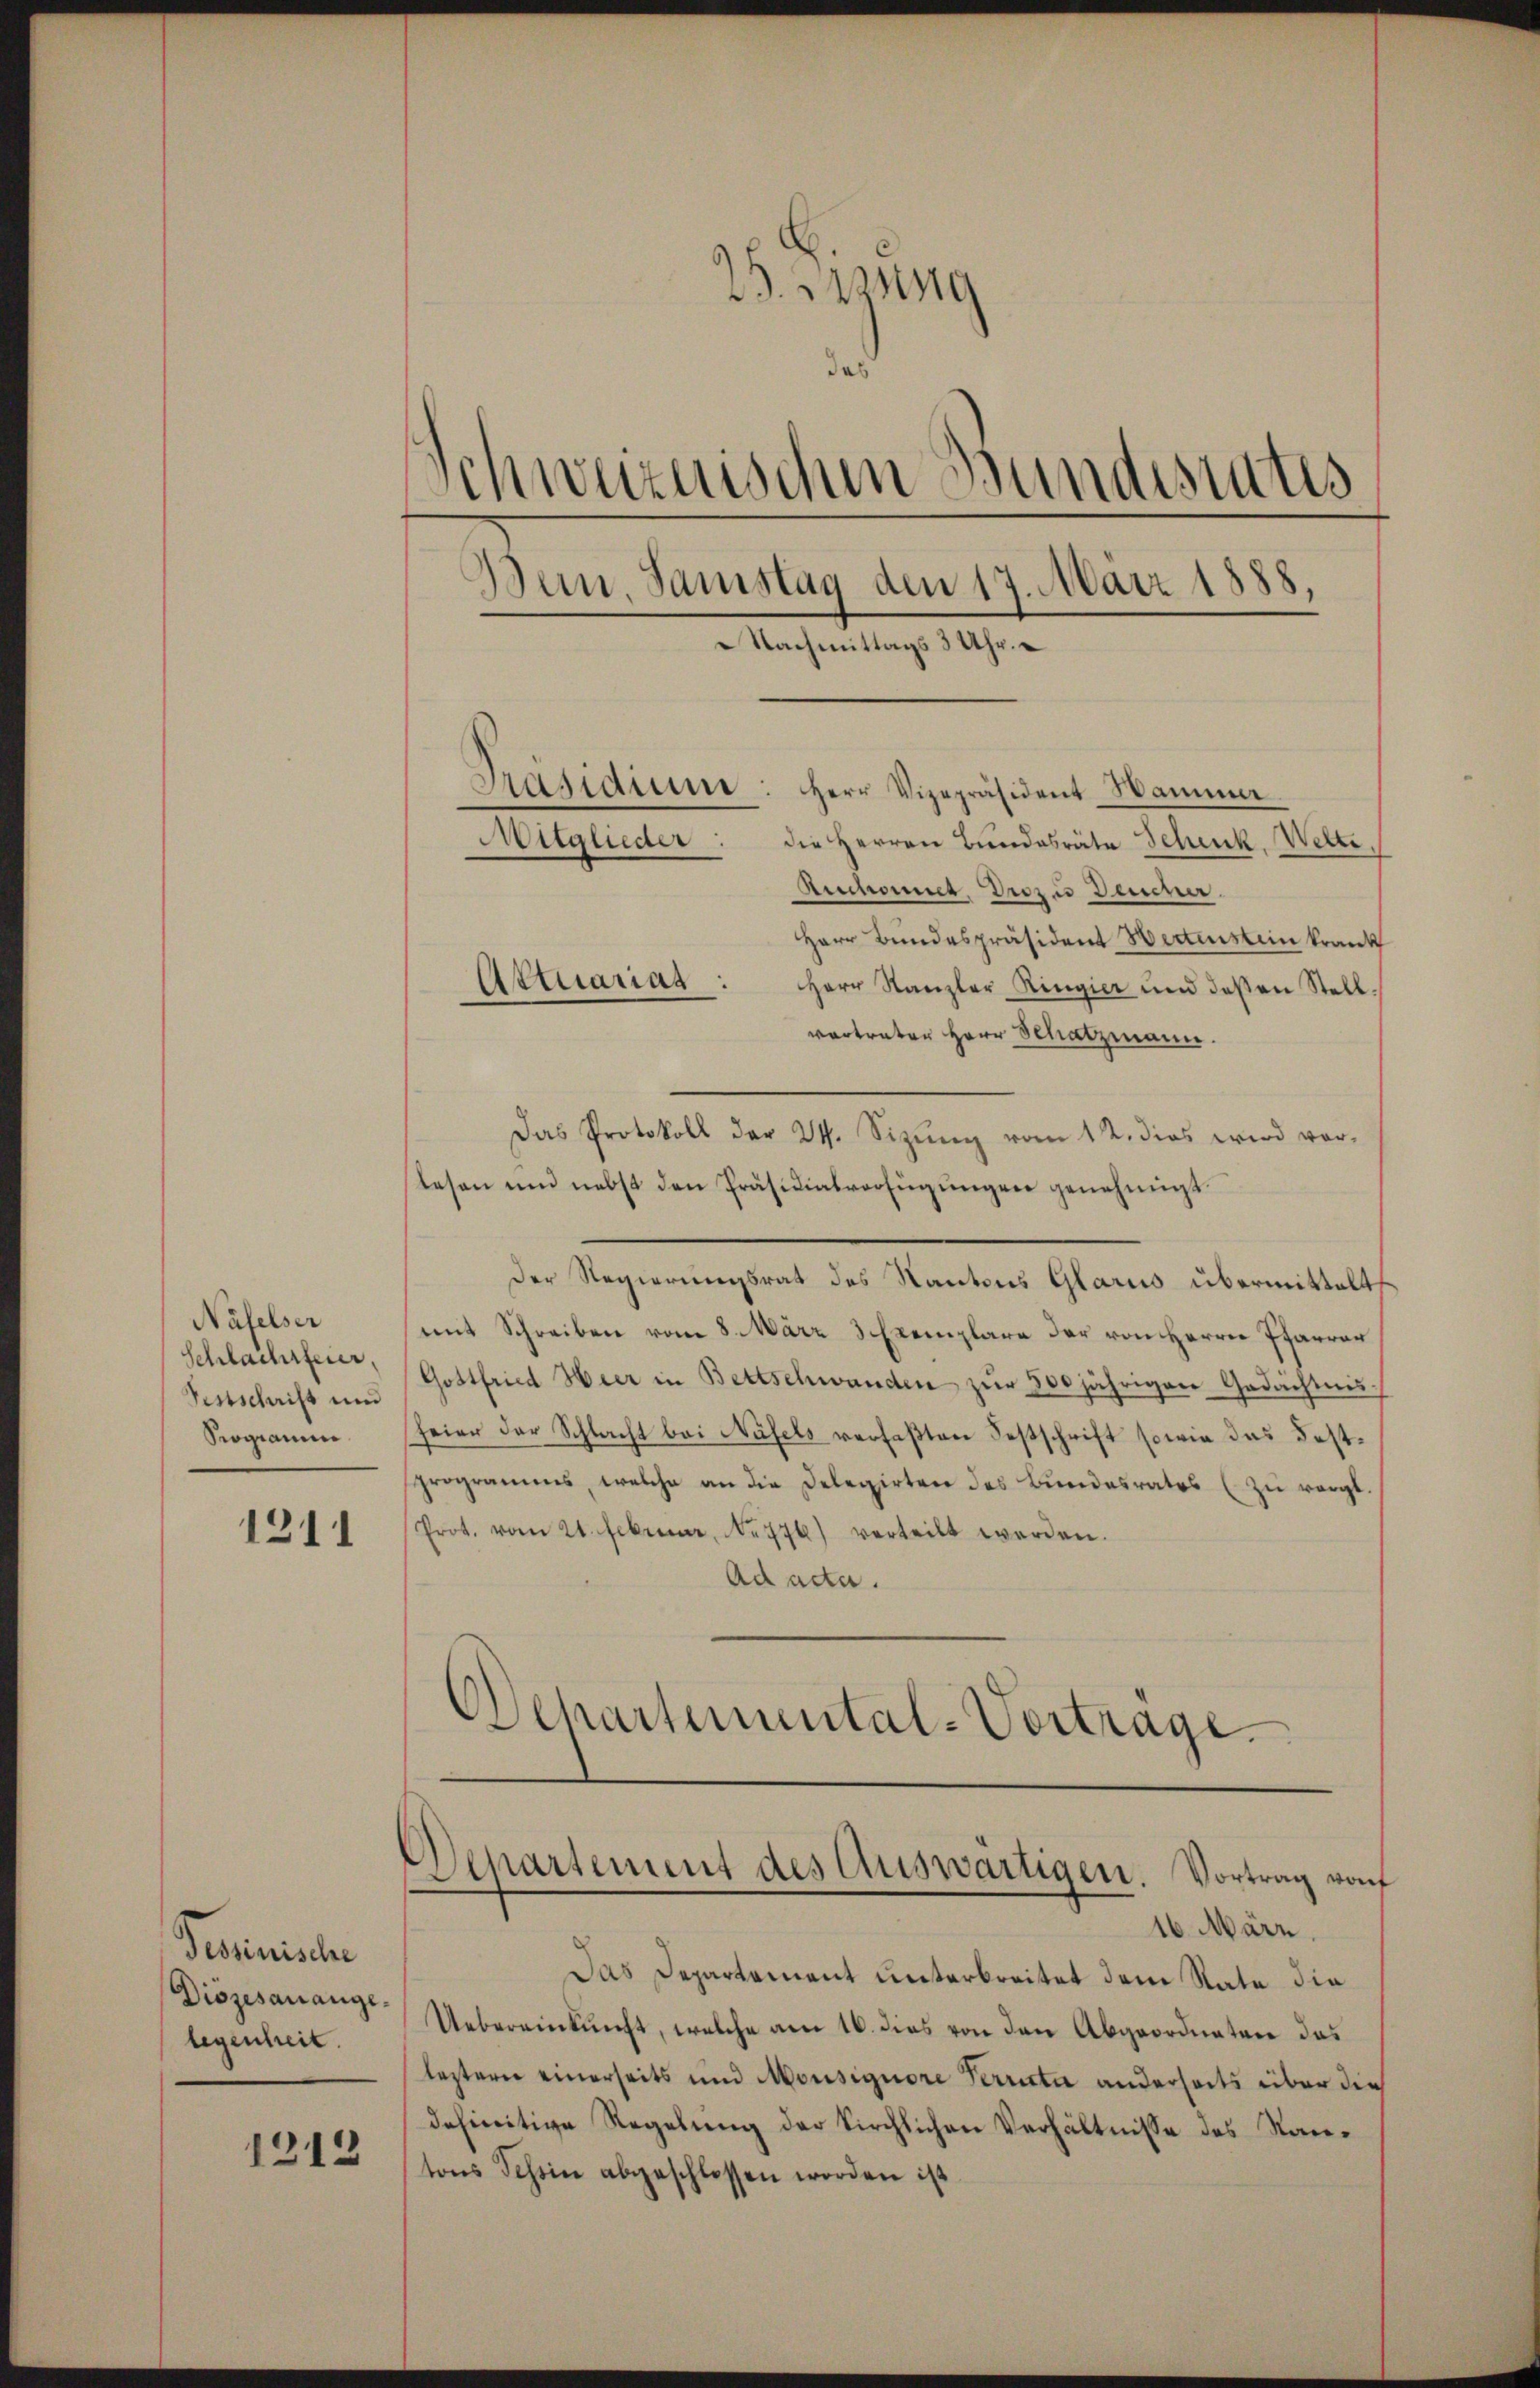
Näfelser
Schlachtfeier,
Sintschrift und
Seogramm

1211

Pessinische
Diözesanangelegenheit.

1212

25. Janng
Schweizerischen Bundestatis
Bein. Samstag den 17. März 1888,
Nachmittags 3 Uhr.
Präsidium: Herr Vizepräsident Hammer
Mitglieder
die Herren Bundesräte Schenk, Welte.
Ruchornet. Drozu Deiner.

Herr Bundespräsident Wertenstein krank
Aktuariat : Herr Kanzler Ringier und deßen Stell-
vertrater Herr Schatzmann.
Das Protokoll der 24. Sizŭng vom 12. dies wird vor-
lesen und nebst den Präsidialverfügungen genehmigt.
Der Regierungsrat des Kantons Glarus übermittelt
mit Schreiben vom 8. März 3 Exemplare der von Herrn Pfarrer
Gottfried Heer in Bettschwanden zŭr 800 jährigen Gedächtnis.
feier der Schlacht bei Näfels verfaßten Festschrift sowie das Festprogramms, welche an die Delegirten des Bundesrates (zu vergl
Prot. vom 21. Februar, No. 776) verteilt werden.
Ad acta.
Departemental-Vortrage

Departement des Auswärtigen. Vortrag von
16. März

Das Departement unterbreitet dem Rate die
Uebereinkunft, welche am 16. dies von den Abgeordnetere das
lestern einerseits und Monsignore Perrecte anderseits über die
definitive Regelung der Kirchlichen Verhältnisse des Stantons Tessin abgeschlossen worden ist.